Lunatic asylums Burma 1907-21 - 1907-1921
Year: 1907
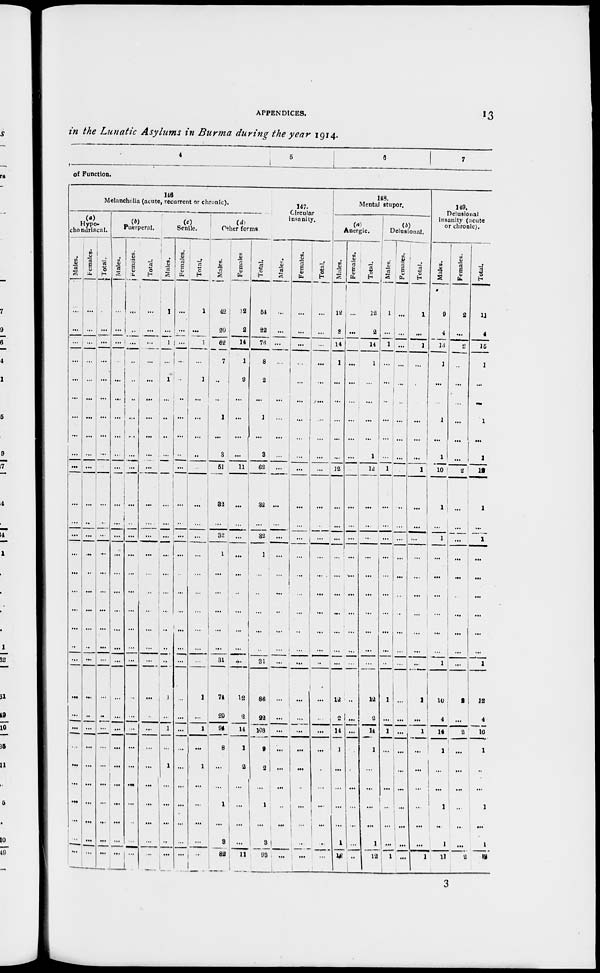
APPENDICES.
13
in the Lunatic Asylums in Burma during the year 1914.
4 5
6
7
of Function.
146
Melancholia (acute, recurrent or chronic).
(a)
Hypo-
chondriacal.
Males.
...
...
...
...
...
...
...
...
...
...
...
...
...
...
...
...
...
...
...
...
...
...
...
...
...
...
...
...
...
...
Females.
...
...
...
...
...
...
...
...
...
...
...
..
...
...
...
...
...
...
...
...
...
...
...
...
...
...
...
...
...
...
Total.
...
...
...
...
...
...
...
...
...
...
...
...
...
...
...
...
...
...
...
...
...
...
...
...
...
...
...
...
...
...
(b)
Puerperal.
Males.
...
...
...
...
...
...
...
...
...
...
...
...
...
...
...
...
...
...
...
...
...
...
...
...
...
...
...
...
...
...
Females.
...
...
...
...
...
...
...
...
...
...
...
...
...
...
...
...
...
...
...
...
...
...
...
...
...
...
...
...
...
...
Total.
...
...
...
...
...
...
...
...
...
...
...
...
...
...
...
...
...
...
...
...
...
...
...
...
...
...
...
...
...
...
(c)
Senile.
Males.
1
...
1
...
1
...
...
...
...
...
...
...
...
...
...
...
...
...
...
...
1
...
1
...
1
...
...
...
...
...
Females.
...
...
...
...
...
...
...
...
...
...
...
...
...
...
...
...
...
...
...
...
...
...
...
...
...
...
...
...
...
...
Total.
1
...
1
...
1
...
...
...
...
...
...
...
...
...
...
...
...
...
...
...
1
...
1
...
1
...
...
...
...
...
(d)
Other forms.
Males.
42
20
62
7
...
...
1
...
3
51
32
...
32
1
...
...
...
...
...
31
74
20
94
8
...
1
1
...
3
82
Females.
12
2
14
1
2
...
...
...
...
11
...
...
...
...
...
...
...
...
...
...
12
2
14
1
2
...
...
...
...
11
Total.
54
22
76
8
2
...
1
...
3
62
32
...
32
1
...
...
...
...
...
31
86
22
108
9
2
...
1
...
3
93
147.
Circular
insanity.
Males.
...
...
...
...
...
...
...
...
...
...
...
...
...
...
...
...
...
...
...
...
...
...
...
...
...
...
...
...
...
...
Females.
...
...
...
...
...
...
...
...
...
...
...
...
...
...
...
...
...
...
...
...
...
...
...
...
...
...
...
...
...
...
Total.
...
...
...
...
...
...
...
...
...
...
...
...
...
...
...
...
...
...
...
...
...
...
...
...
...
...
...
...
...
...
148.
Mental stupor.
(a)
Anergic.
Males.
12
2
14
1
...
...
...
...
...
12
...
...
...
...
...
...
...
...
...
...
12
2
14
1
...
...
...
...
1
12
Females.
...
...
...
...
...
...
...
...
...
...
...
...
...
...
...
...
...
...
...
...
...
...
...
...
...
...
...
...
...
...
Total.
12
2
14
1
...
...
...
...
1
12
...
...
...
...
...
...
...
...
...
...
12
2
14
1
...
...
...
...
1
12
(b)
Delusional.
Males.
1
...
1
...
...
...
...
...
...
1
...
...
...
...
...
...
...
...
...
...
1
...
1
...
...
...
...
...
...
1
Females.
...
...
...
...
...
...
...
...
...
...
...
...
...
...
...
...
...
...
...
...
...
...
...
...
...
...
...
...
...
...
Total.
1
...
1
...
...
...
...
...
...
1
...
...
...
...
...
...
...
...
...
...
1
...
1
...
...
...
...
...
...
1
149.
Delusional
insanity (acute
or chronic).
Males.
9
4
13
1
...
...
1
...
1
10
1
...
1
...
...
...
...
...
...
1
10
4
14
1
...
...
1
...
1
11
Females.
2
...
2
...
...
...
...
...
...
2
...
...
...
...
...
...
...
...
...
...
2
...
2
...
...
...
...
...
...
2
Total.
11
4
15
1
...
...
1
...
1
12
1
...
1
...
...
...
...
...
...
1
12
4
16
1
...
...
1
...
1
13
3